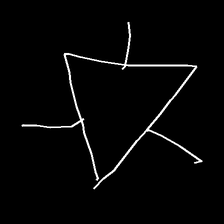
Glyph: fire